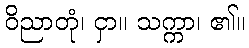
ဝိညာတုံ၊ ငှာ။ သက္ကာ၊ ၏။